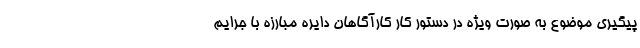
پیگیری موضوع به صورت ویژه در دستور کار کارآگاهان دایره مبارزه با جرایم